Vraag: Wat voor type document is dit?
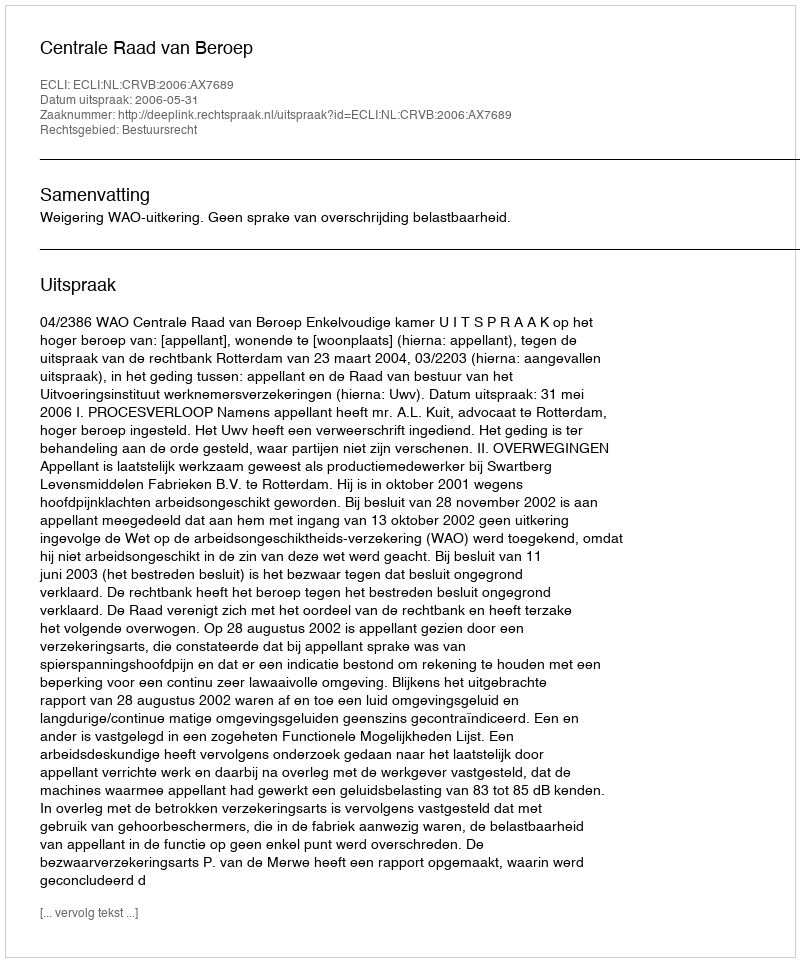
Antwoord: Uitspraak